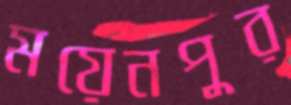
ময়েনপুর